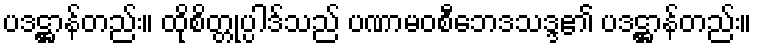
ပဒဋ္ဌာန်တည်း။ ထိုစိတ္တုပ္ပါဒ်သည် ပဏာမဝစီဘေဒသဒ္ဒ၏ ပဒဋ္ဌာန်တည်း။